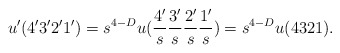
\begin{align*}u^{\prime}(4^{\prime}3^{\prime}2^{\prime}1^{\prime})=s^{4-D}u(\frac{4^{\prime}}{s}\frac{3^{\prime}}{s}\frac{2^{\prime}}{s}\frac{1^{\prime}}{s})=s^{4-D}u(4321).\end{align*}